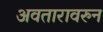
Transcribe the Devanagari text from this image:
अवतारावरुन